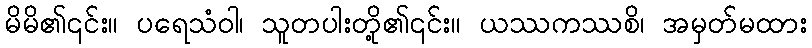
မိမိ၏၎င်း။ ပရေသံဝါ၊ သူတပါးတို့၏၎င်း။ ယဿကဿစိ၊ အမှတ်မထား